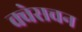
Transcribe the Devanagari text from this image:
क्वेसचन